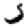
Digit: 3